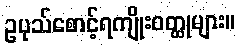
ဥပုသ်စောင့်ရကျိုးဝတ္ထုများ။